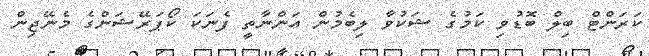
ކަރަންޓް ބިލް ބޮޑުވި ކަމުގެ ޝަކުވާ ލިބެމުން އަންނާތީ ފެނަކަ ކޯޕަރޭޝަންގެ މެނޭޖިން